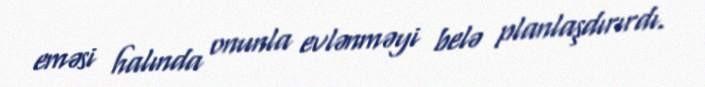
eməsi halında onunla evlənməyi belə planlaşdırırdı.